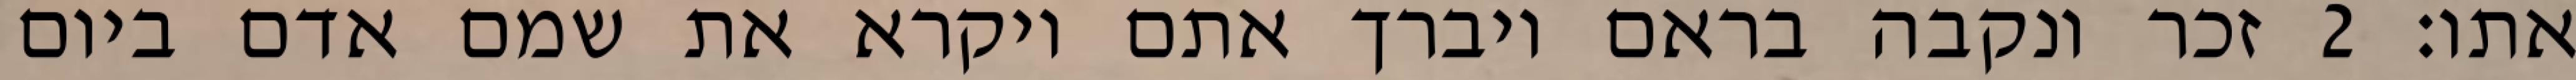
אתו׃ ‎2‏ זכר ונקבה בראם ויברך אתם ויקרא את שמם אדם ביום